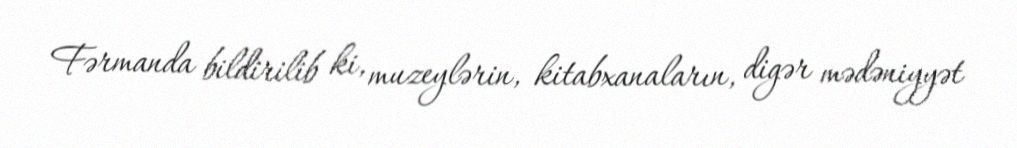
Fərmanda bildirilib ki, muzeylərin, kitabxanaların, digər mədəniyyət